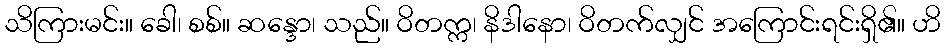
သိကြားမင်း။ ခေါ၊ စစ်။ ဆန္ဒော၊ သည်။ ဝိတက္က၊ နိဒါနော၊ ဝိတက်လျှင် အကြောင်းရင်းရှိ၏။ ဟိ